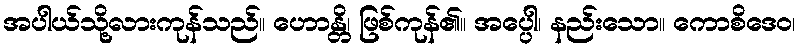
အပါယ်သို့လားကုန်သည်။ ဟောန္တိ၊ ဖြစ်ကုန်၏။ အပ္ပေါ၊ နည်းသော။ ကောစိဒေဝ၊